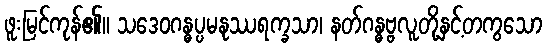
ဖူးမြင်ကုန်၏။ သဒေဝဂန္ဓပ္ပမနုဿရက္ခသာ၊ နတ်ဂန္ဓဗ္ဗလူတို့နှင့်တကွသော